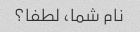
نام شما، لطفا؟